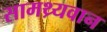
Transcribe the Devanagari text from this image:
सामथ्र्यवान